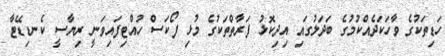
ހަޑިތަކުގެ ވާހަކަދެއްކުމުގެ ބަދަލުގައި އިދިކޮޅު ފަރާތްތަކުގެ މުޅި ފޯކަސް ހުއްޓިފައިވަނީ ރިޔާސީ ކެނޑިޑޭޓާ